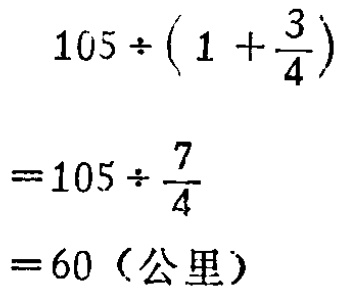
\[

\begin{align*}

&105\div(1 + \frac{3}{4})\\

=&105\div\frac{7}{4}\\

=&60（公里）

\end{align*}

\]